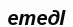
етедІ